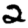
Digit: 2